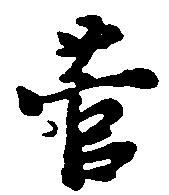
菅